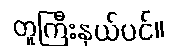
တူကြီးနှယ်ပင်။